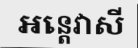
អន្តេវាសី